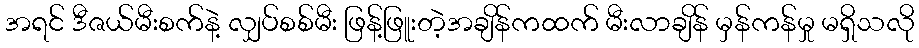
အရင် ဒီဇယ်မီးစက်နဲ့ လျှပ်စစ်မီး ဖြန့်ဖြူးတဲ့အချိန်ကထက် မီးလာချိန် မှန်ကန်မှု မရှိသလို